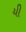
યી